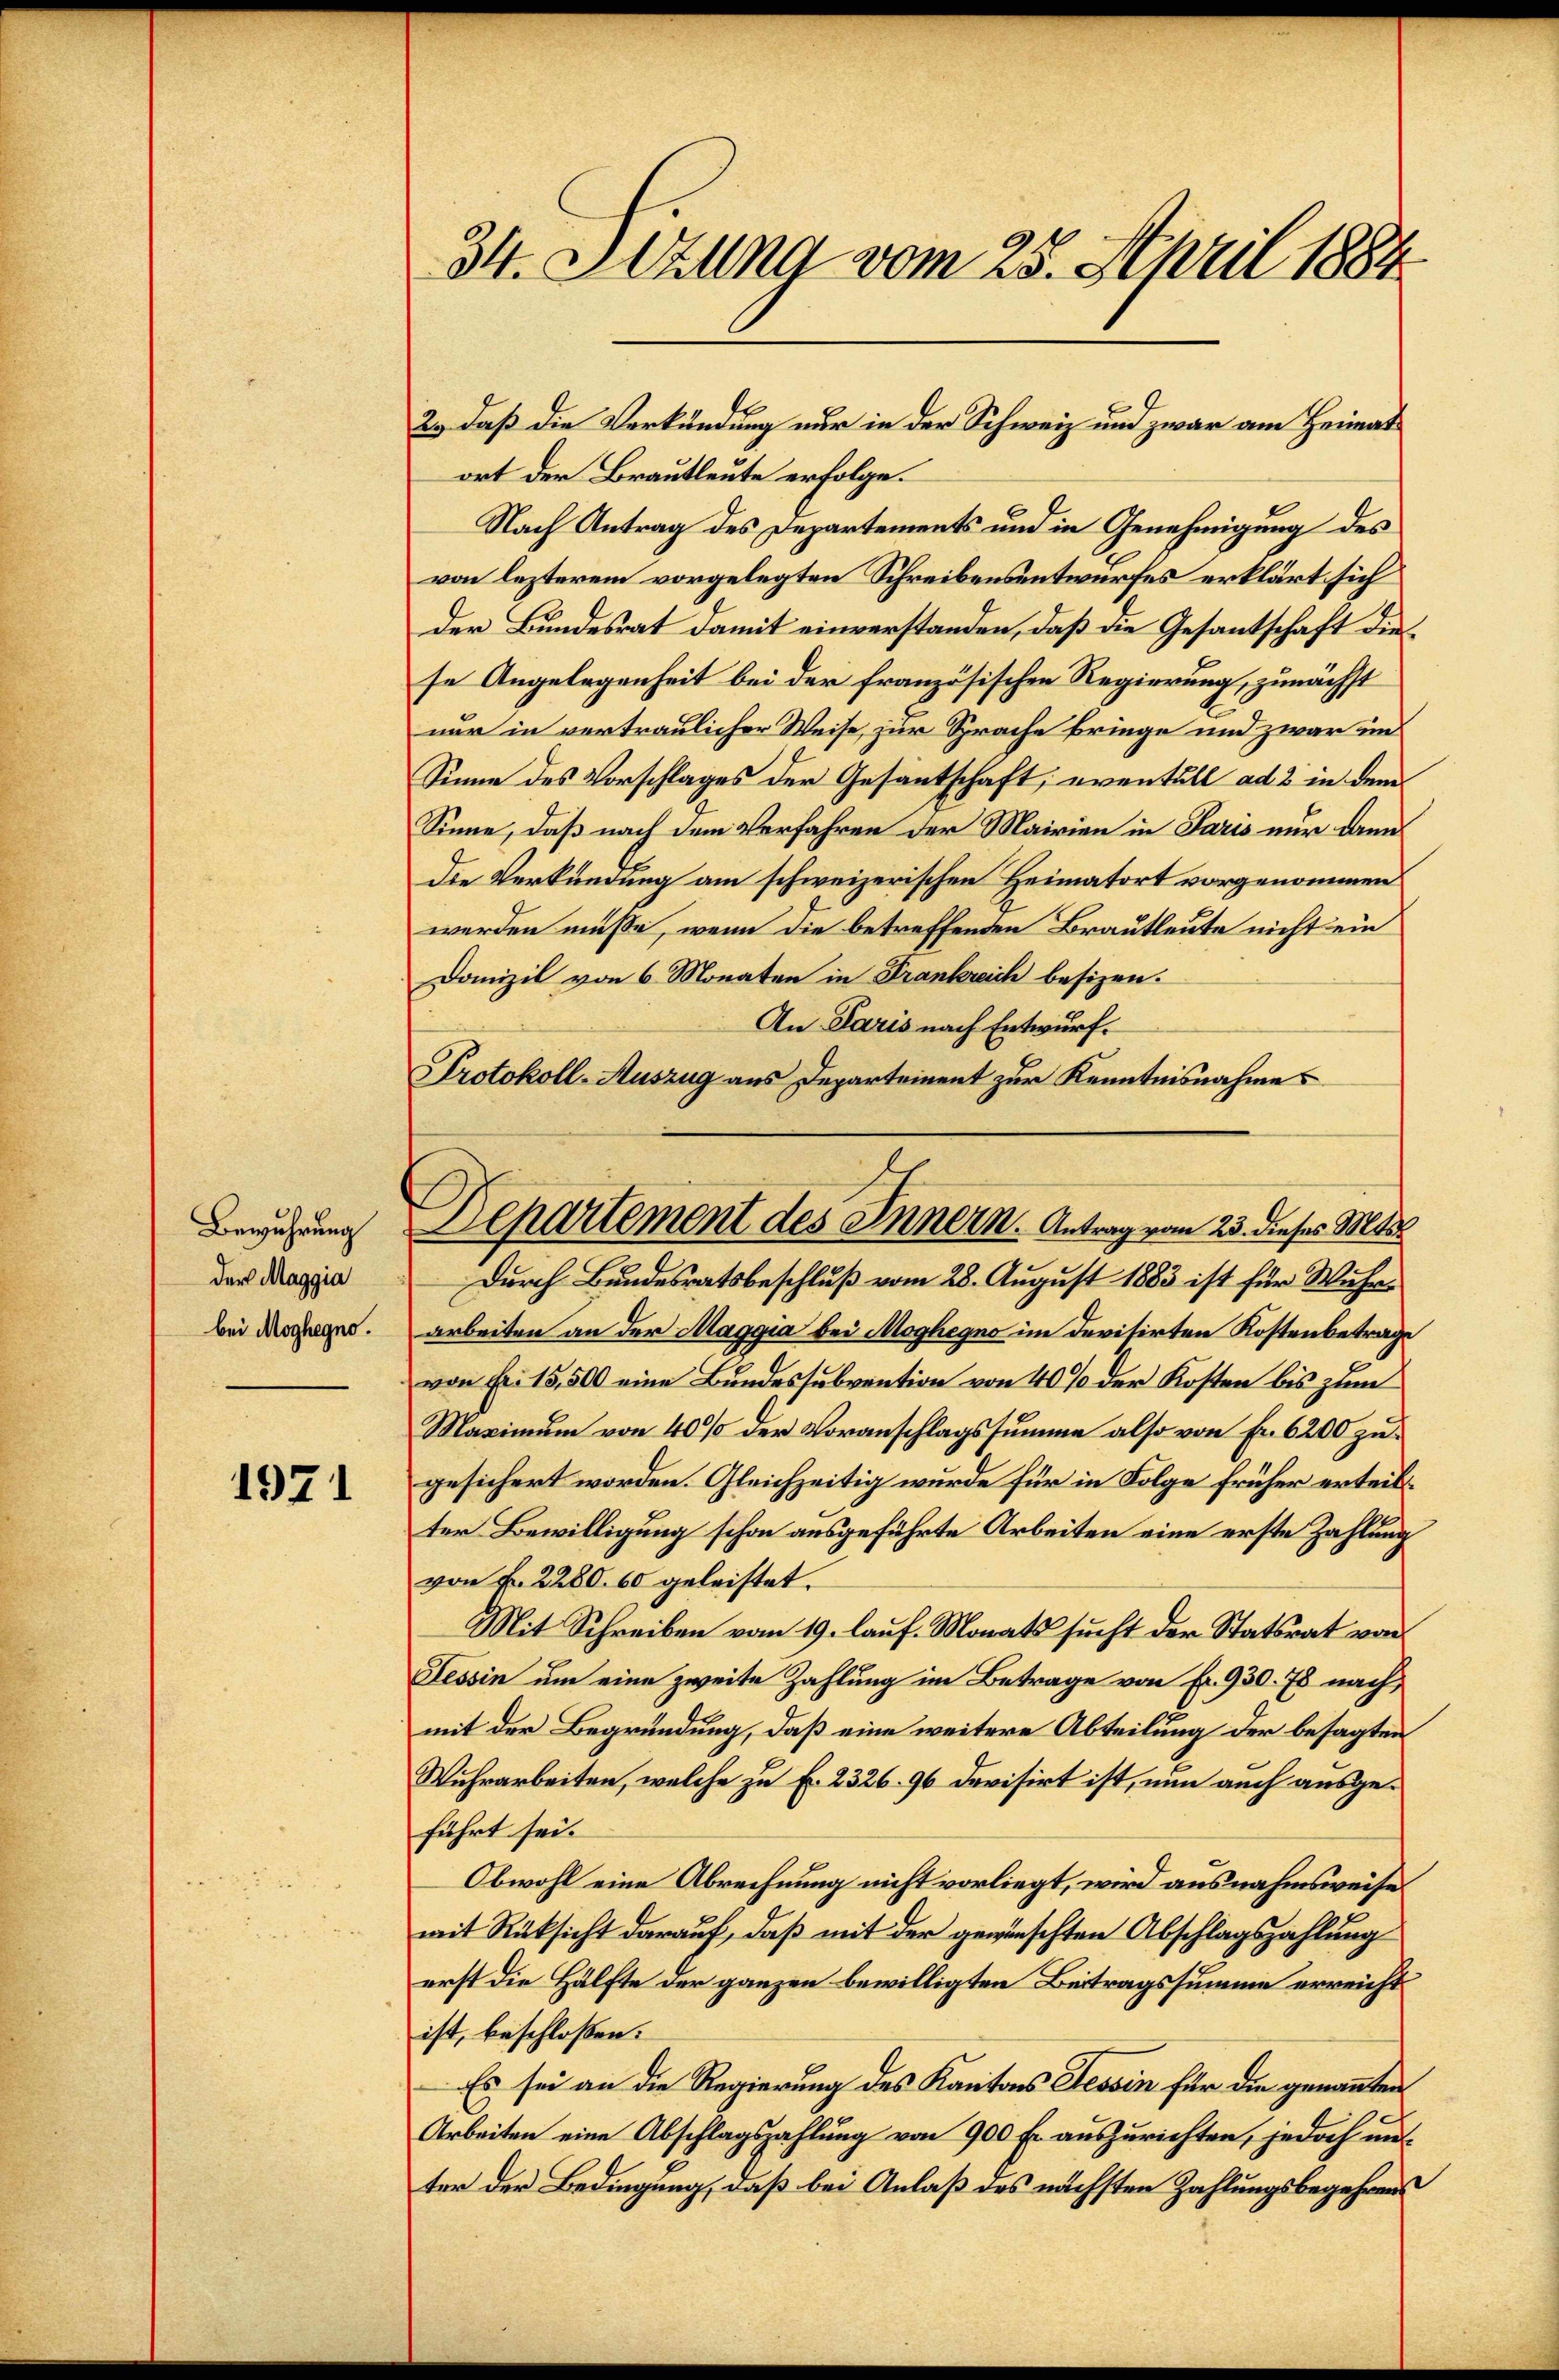
Bewuhrung
der Maggia
bei Moghegno.

1971

34. Setzung vom 25. April 1884

ort der Brautleute erfolge.
Nach Antrag des Departements und in Genehmigung des
von lezterem vorgelegten Schreibensentwurfes erklärt sich
Der Bundesrat damit einverstanden, daß die Gesantschaft die
se Angelegenheit bei der französischen Regierung, zunächst
nur in vertraulicher Weise, zur Sprache bringe und zwar im
Sinne des Vorschlages der Gesantschaft, eventull ad 2 in dem
Sinne, daß nach dem Verfahren der Mairien in Paris nur dann
Die Verkündung am schweizerischen Heimatort vorgenommen
werden müße, wenn die betreffenden Brautleute nicht ein
Domizil von 6 Monaten in Frankreich besizen.
An Paris nach Entwurf.
Protokoll-Auszug aus Departement zur Kenntnisnahmes
Durch Bundesratsbeschluß vom 28. August 1883 ist für Wuhrarbeiten an der Maggia bei Moghegno im Devisirten Kostenbeträge
von Fr. 15,500 eine Bundessubvention von 40% der Kosten bis zum
Maximum von 40% der Voranschlagssumme also von Fr. 6200 zugesichert worden. Gleichzeitig wurde für in Folge früher erteilter Bewilligung schon ausgeführte Arbeiten eine erste Zahlung
von Fr. 2280. 60 geleistet.
Mit Schreiben vom 19. lauf. Monats sucht der Statsrat von
Tessin um eine zweite Zahlung im Betrage von Fr. 930. 78 nach
mit der Begründung, daß eine weitere Abteilung der besagten
Wuhrarbeiten, welche zu Fr. 2326. 96 devisirt ist, nun auch ausgeführt sei.
Obwohl eine Abrechnung nicht vorliegt, wird ausnahmsweise.
mit Rüksicht darauf, daß mit der gewünschten Abschlagszahlung
erst die Hälfte der ganzen bewilligten Beitragssumme erreicht
ist, beschlossen:
Es sei an die Regierung des Kantons Tessin für die genannten
Arbeiten eine Abschlagszahlung von 900 Fr. auszurichten, jedoch un
ter der Bedingung, daß bei Anlaß des nächsten Zahlungsbegehrens

2., daß die Verkündung nur in der Schweiz und zwar am Heimat

Departement des Innern. Antrag vom 23. dieses Mts.